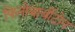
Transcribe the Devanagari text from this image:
फिनोबार्बीटोन